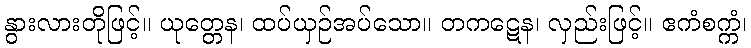
နွားလားတိုဖြင့်။ ယုတ္တေန၊ ထပ်ယှဉ်အပ်သော။ တကဋေန၊ လှည်းဖြင့်။ ဧကံစက္ကံ၊